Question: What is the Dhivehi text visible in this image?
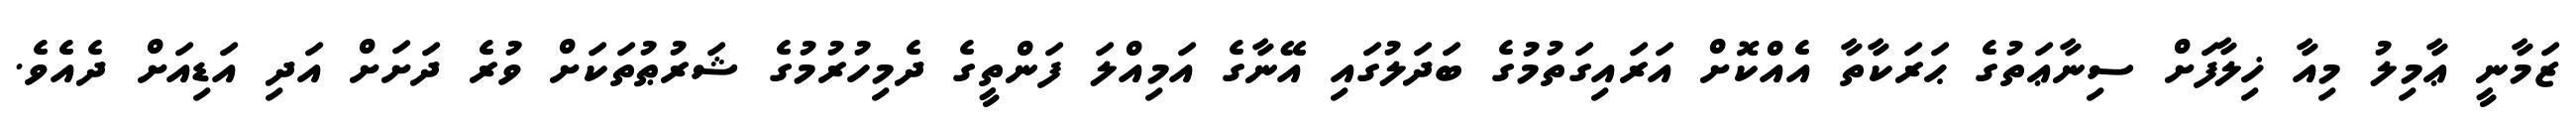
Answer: ޒަމާނީ ޢާމިލު މިއާ ޚިލާފަށް ސިނާޢަތުގެ ޙަރަކާތާ އެއްކޮށް އަރައިގަތުމުގެ ބަދަލުގައި އޭނާގެ އަމިއްލަ ފަންތީގެ ދެމިހުރުމުގެ ޝަރުޠުތަކަށް ވުރެ ދަށަށް އަދި އަޑިއަށް ދެއެވެ.